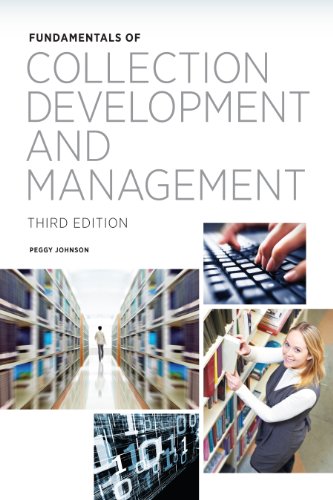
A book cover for Fundamentals of Collection Development and Management; Peggy Johnson; Politics & Social Sciences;